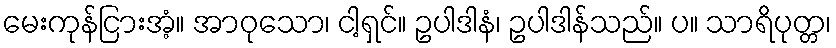
မေးကုန်ငြားအံ့။ အာဝုသော၊ ငါ့ရှင်။ ဥပါဒါနံ၊ ဥပါဒါန်သည်။ ပ။ သာရိပုတ္တ၊